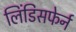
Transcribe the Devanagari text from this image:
लिंडिसफेर्न